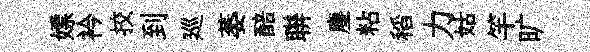
嫖衿挍到廵萎醅聨塵粘稻力姑竿旷